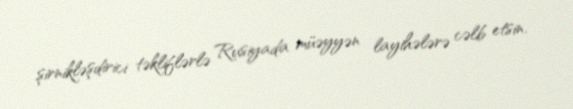
şirnikləşdirici təkliflərlə Rusiyada müəyyən layihələrə cəlb etsin.